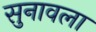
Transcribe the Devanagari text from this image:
सुनावला